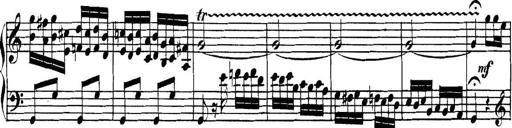
Title: Collected Piano Sonatas
Composer: Muzio Clementi